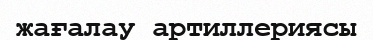
жағалау артиллериясы